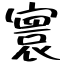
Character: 寰